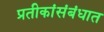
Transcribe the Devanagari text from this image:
प्रतीकांसंबंधात